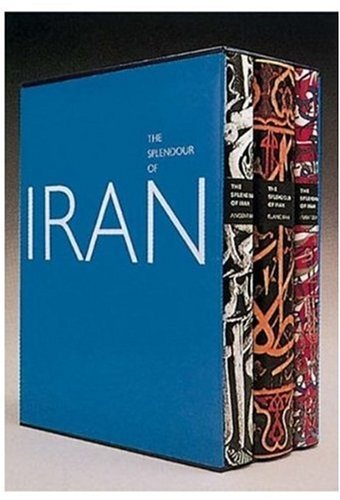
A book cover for The Splendour of Iran; Booth-Clibborn Editions; History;